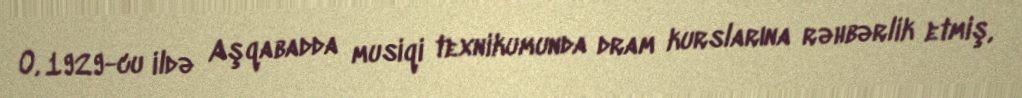
O, 1929-cu ildə Aşqabadda musiqi texnikumunda dram kurslarına rəhbərlik etmiş,